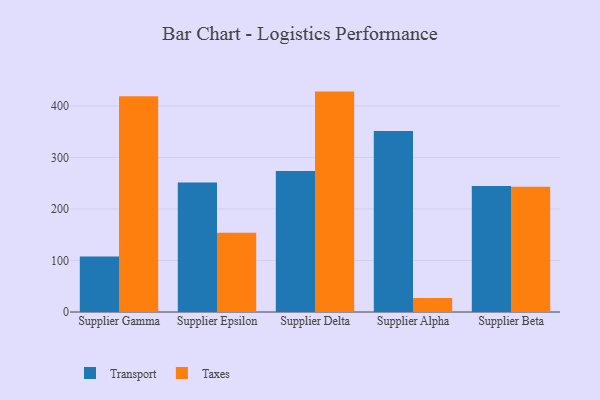
{"axis": {"x": "Supplier", "y": "Page Views"}, "legend": ["Taxes", "Transport"], "data": [{"x": "Supplier Gamma", "y": 107.9, "type": "Transport"}, {"x": "Supplier Gamma", "y": 418.7, "type": "Taxes"}, {"x": "Supplier Epsilon", "y": 251.5, "type": "Transport"}, {"x": "Supplier Epsilon", "y": 154.1, "type": "Taxes"}, {"x": "Supplier Delta", "y": 273.9, "type": "Transport"}, {"x": "Supplier Delta", "y": 427.9, "type": "Taxes"}, {"x": "Supplier Alpha", "y": 351.2, "type": "Transport"}, {"x": "Supplier Alpha", "y": 27.2, "type": "Taxes"}, {"x": "Supplier Beta", "y": 244.5, "type": "Transport"}, {"x": "Supplier Beta", "y": 243.1, "type": "Taxes"}]}